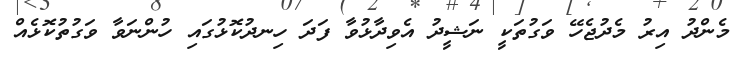
މެންދު އިރު މެދުޖެހޭ ވަގުތަކީ ނަޝީދު އެވިދާޅުވާ ފަދަ ހިނދުކޮޅުގައި ހުންނަވާ ވަގުތުކޮޅެއް